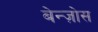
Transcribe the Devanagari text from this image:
बेन्ज़ोस